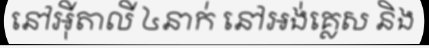
នៅអ៊ីតាលី ៤នាក់ នៅអង់គ្លេស និង